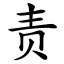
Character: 责